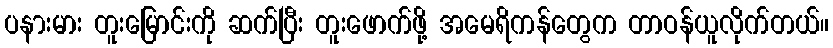
ပနားမား တူးမြောင်းကို ဆက်ပြီး တူးဖောက်ဖို့ အမေရိကန်တွေက တာဝန်ယူလိုက်တယ်။